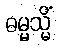
ဓမ္မသ္မိံ